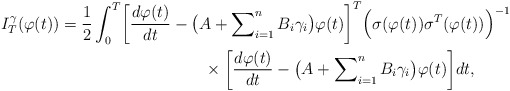
\begin{align*} I_{T}^{\gamma}(\varphi(t)) = \frac{1}{2} \int_{0}^{T} \biggl[\frac{d\varphi(t)}{dt} &- \bigl(A + \sum\nolimits_{i=1}^n B_i \gamma_i\bigr)\varphi(t) \biggr]^T \Bigl(\sigma(\varphi(t))\sigma^T(\varphi(t))\Bigr)^{-1} \\& \quad\quad \times \biggl[\frac{d\varphi(t)}{dt} - \bigl(A + \sum\nolimits_{i=1}^n B_i \gamma_i\bigr)\varphi(t) \biggr] dt, \end{align*}